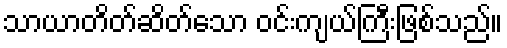
သာယာတိတ်ဆိတ်သော ဝင်းကျယ်ကြီးဖြစ်သည်။